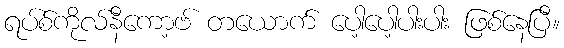
ရပ်စ်ကိုလ်နီကော့ဗ် တယောက် ပေါ့ပေါ့ပါးပါး ဖြစ်နေပြီ။